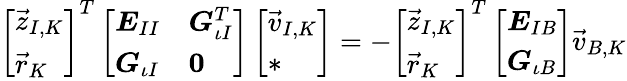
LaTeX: \begin{array}{r}{\left[\begin{array}{l}{\vec{z}_{I,K}}\\ {\vec{r}_{K}}\end{array}\right]^{T}\left[\begin{array}{ll}{\boldsymbol{E}_{II}}&{\boldsymbol{G}_{\iota I}^{T}}\\ {\boldsymbol{G}_{\iota I}}&{\boldsymbol{0}}\end{array}\right]\left[\begin{array}{l}{\vec{v}_{I,K}}\\ {*}\end{array}\right]=-\left[\begin{array}{l}{\vec{z}_{I,K}}\\ {\vec{r}_{K}}\end{array}\right]^{T}\left[\begin{array}{l}{\boldsymbol{E}_{IB}}\\ {\boldsymbol{G}_{\iota B}}\end{array}\right]\vec{v}_{B,K}}\end{array}